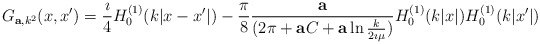
\begin{align*}G_{{\bf a}, k^2}(x,x')={\imath \over 4}H^{(1)}_0(k|x-x'|)-{\pi\over 8}{ {\bf a}\over (2\pi +{\bf a} C+{\bf a} \ln {k\over 2\imath \mu})}H^{(1)}_0(k|x|)H^{(1)}_0(k|x'|)\end{align*}